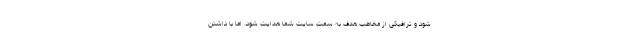
شود و ترافیکی از مخاطب هدف به سمت سایت شما هدایت شود. اما با داشتن